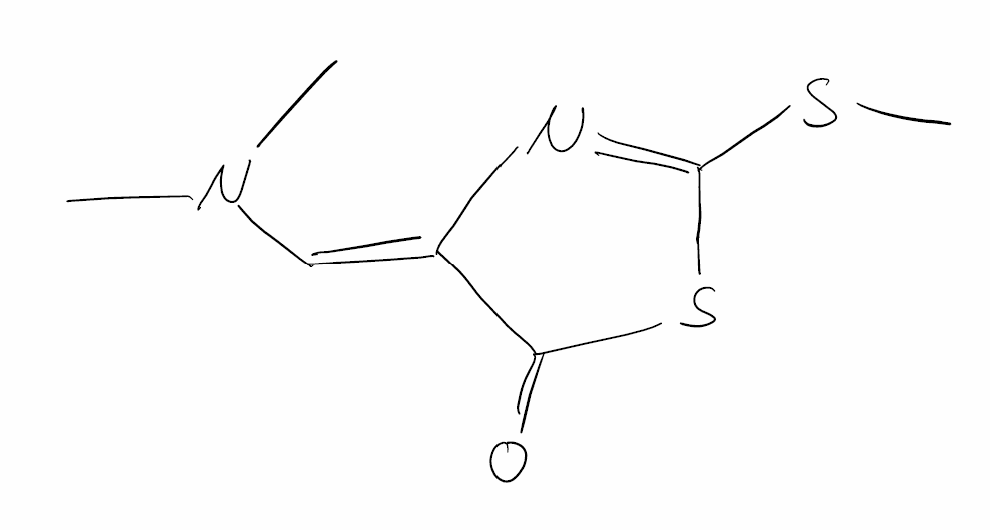
Simplified molecular-input line-entry system (SMILES) notation of the given molecule:
CN(C)/C=C\1/C(=O)SC(=N1)SC